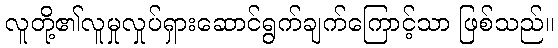
လူတို့၏လူမှုလှုပ်ရှားဆောင်ရွက်ချက်ကြောင့်သာ ဖြစ်သည်။